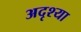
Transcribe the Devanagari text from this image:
अदृश्या